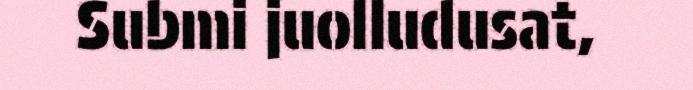
Submi juolludusat,